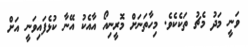
ވަނީ މަދު މެޗު ތަކެކެވެ. މިހާތަނަށް މޮރީނިއޯ އާއެކު އޭނާ ކުޅެފައިވަނީ އަށް